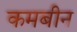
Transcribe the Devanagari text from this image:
कमबीन